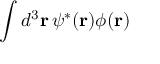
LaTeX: \int d ^ { 3 } \mathbf { r } \, \psi ^ { * } ( \mathbf { r } ) \phi ( \mathbf { r } )